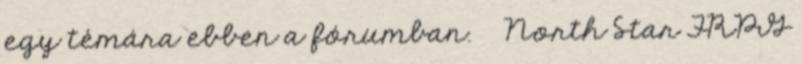
egy témára ebben a fórumban. ◯ North Star FRPG